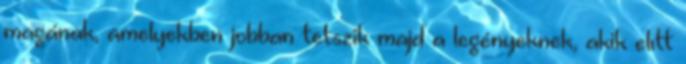
magának, amelyekben jobban tetszik majd a legényeknek, akik elıtt